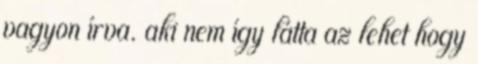
vagyon í­rva. aki nem í­gy látta az lehet hogy